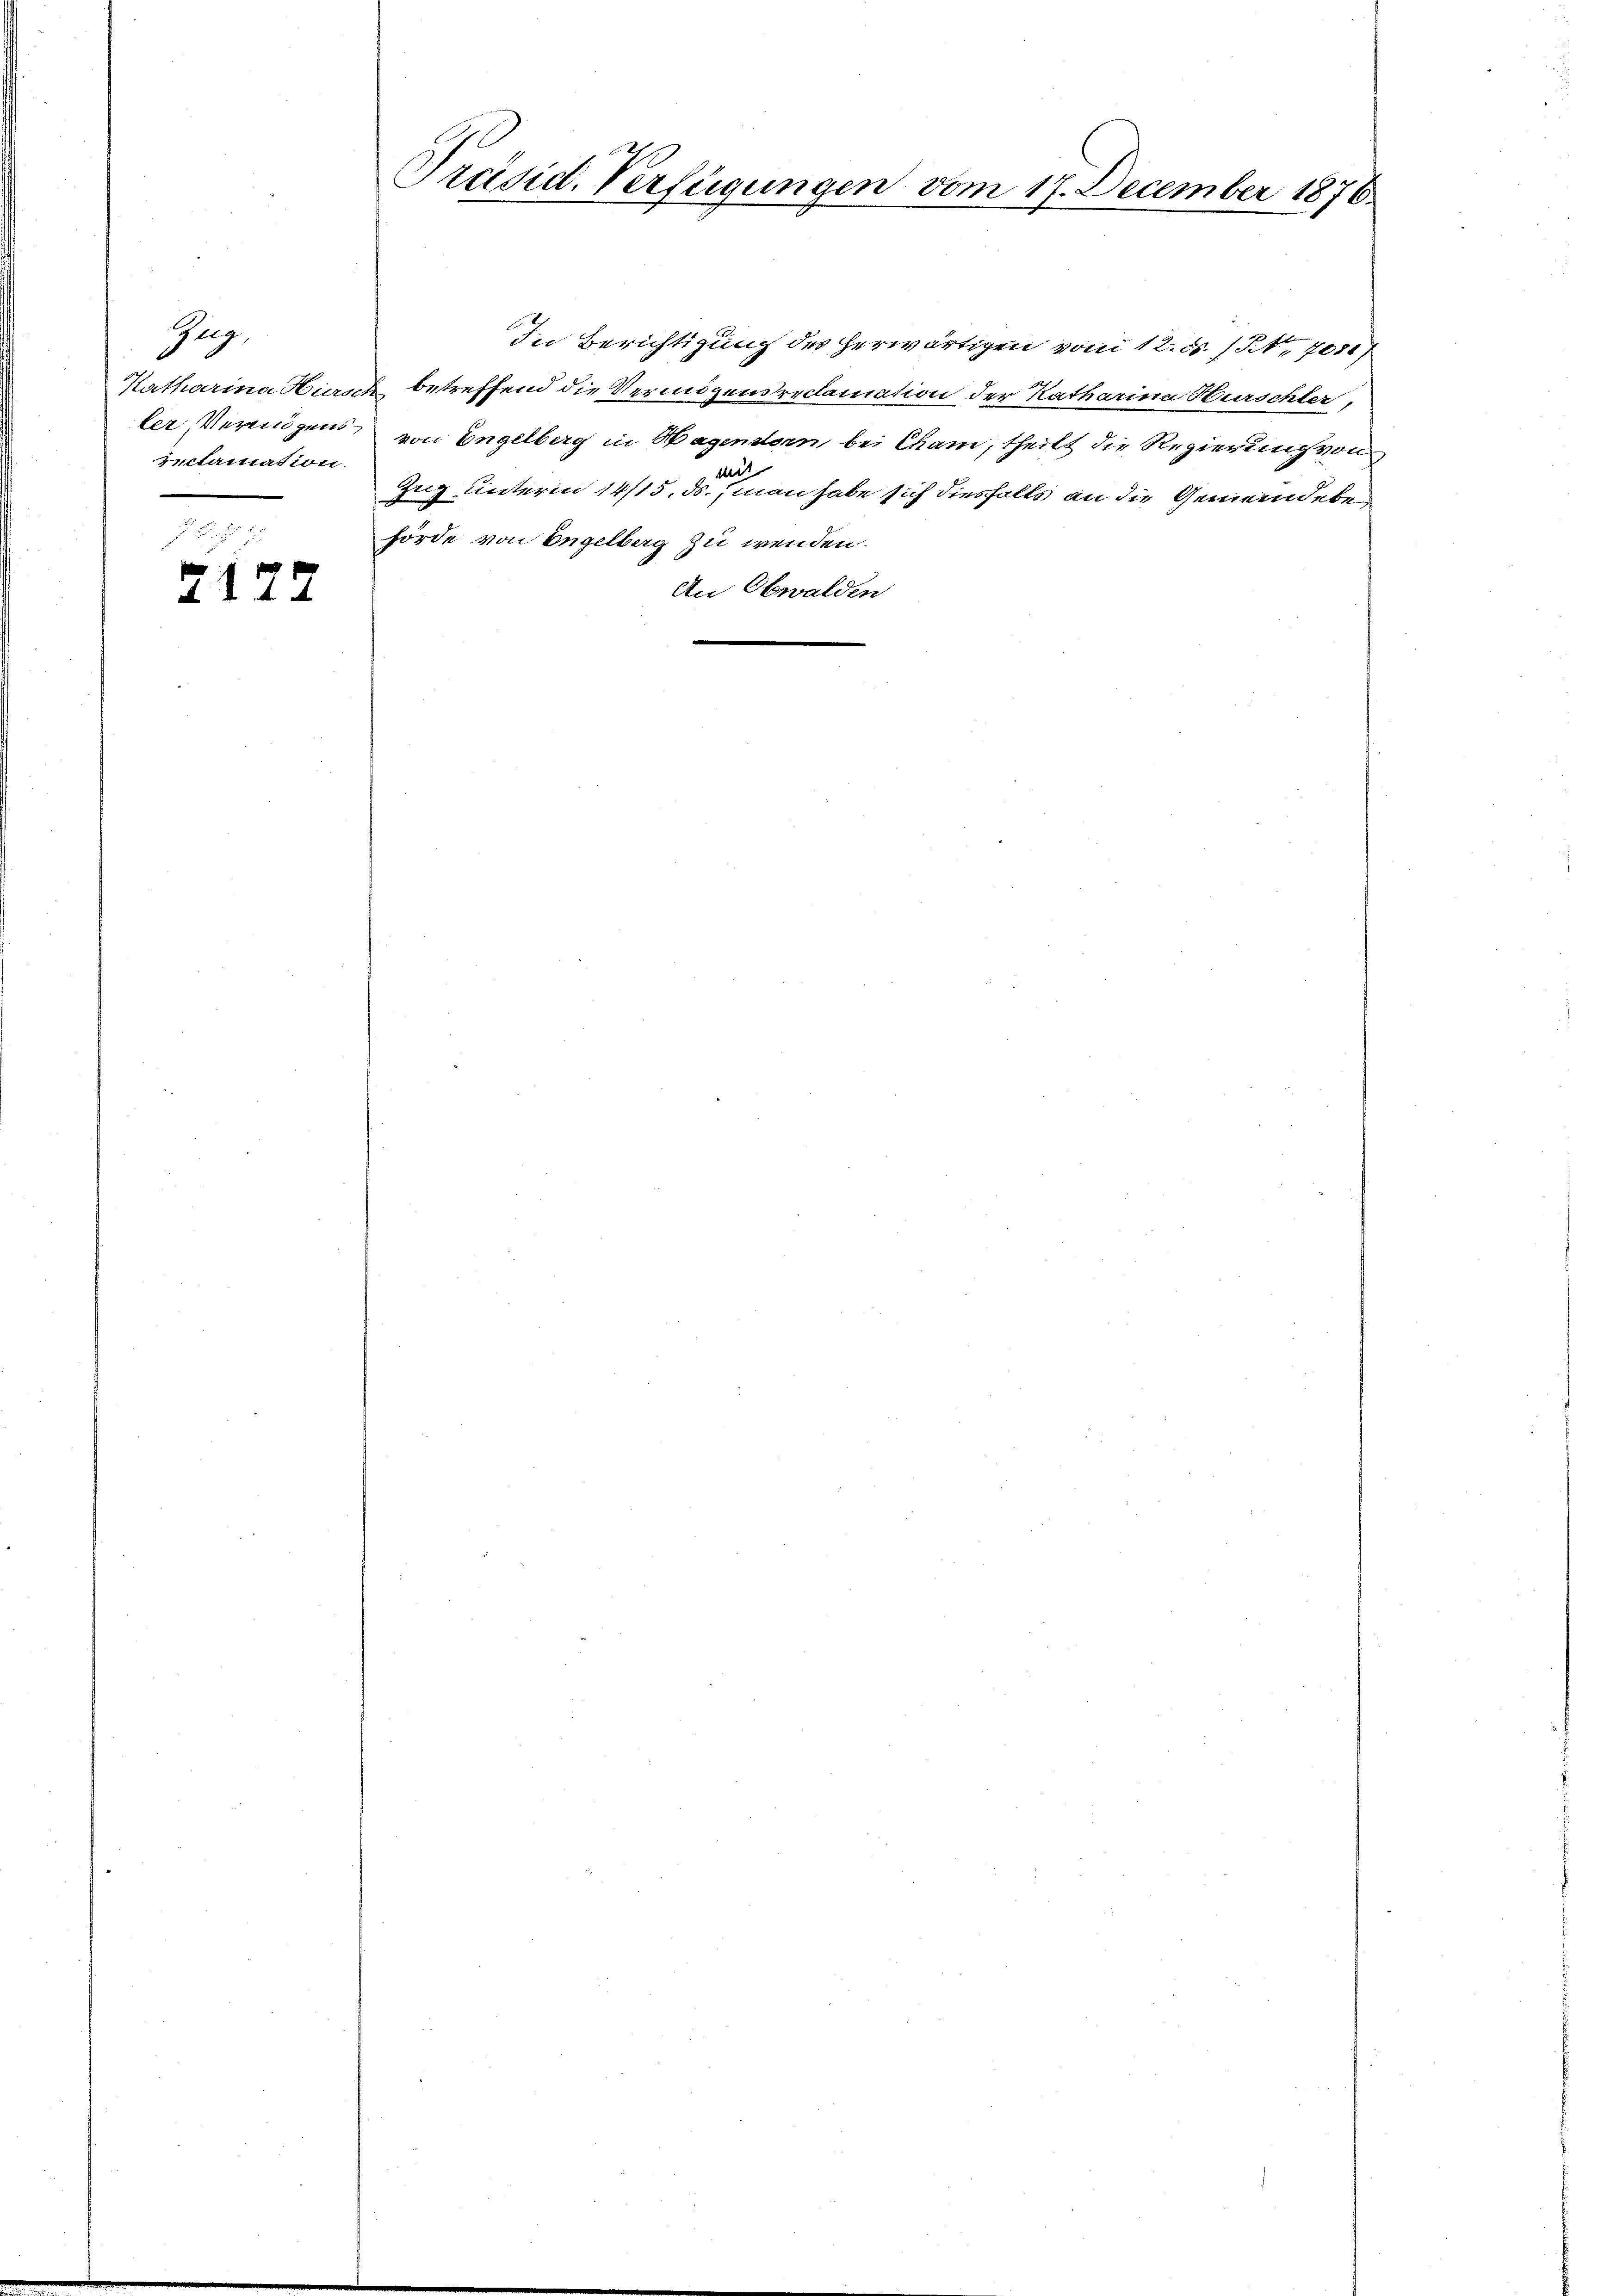
Geg,
Katharina Hierse
ler, Vermögens
reclamation.
n

2172

Präsid. Verfügungen vom 17. December 1870

In Berichtigung des herwärtigen vom 12. d. 15. 708)
betreffend die Vermögensreclamation der Katharina Hurschter,
von Engelberg in Wagenstern bei Cham, theilt die Regierung von
mit
Zug unterm 14/15. ds. man habe sich diesfalls an die Gemeindeben
hörde von Engelberg zu wenden.
An Obwalden